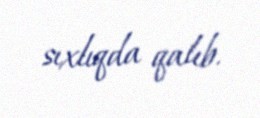
sıxlıqda qalıb.